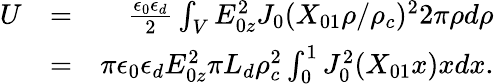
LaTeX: \begin{array}{rlr}{U}&{=}&{\frac{\epsilon_{0}\epsilon_{d}}{2}\int_{V}E_{0z}^{2}J_{0}(X_{01}\rho/\rho_{c})^{2}2\pi\rho d\rho}\\ &{=}&{\pi\epsilon_{0}\epsilon_{d}E_{0z}^{2}\pi L_{d}\rho_{c}^{2}\int_{0}^{1}J_{0}^{2}(X_{01}x)xdx.}\end{array}